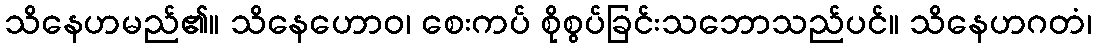
သိနေဟမည်၏။ သိနေဟောဝ၊ စေးကပ် စိုစွပ်ခြင်းသဘောသည်ပင်။ သိနေဟဂတံ၊